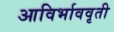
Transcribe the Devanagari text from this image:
आविर्भाववृती